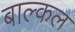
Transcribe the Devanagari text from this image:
बाल्कल